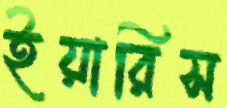
ইয়ারিস